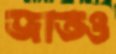
জাতও